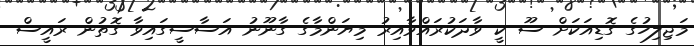
މަޖިލިހުގެ ގޮޑިއަކަށް ސޫ ކީ ވާދަކުރައްވާއިރު މިޔަންމާގެ ގާނޫނު އަސާސީގައިވާ ގޮތުން ރައީސް